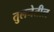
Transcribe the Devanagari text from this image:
तुलनेतील